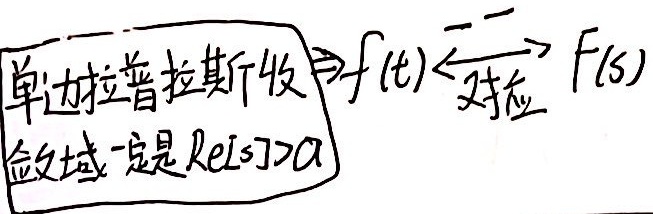
单边拉普拉斯收敛 $\Rightarrow f(t)\overset{一一对应}{\longleftrightarrow} F(s)$，收敛域一定是 $\text{Re}[s]>a$